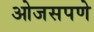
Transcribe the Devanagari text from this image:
ओजसपणे